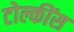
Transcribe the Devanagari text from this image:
टोल्कींस